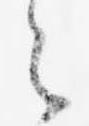
之